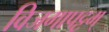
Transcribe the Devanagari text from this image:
विजगापट्टम्